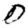
Digit: 0